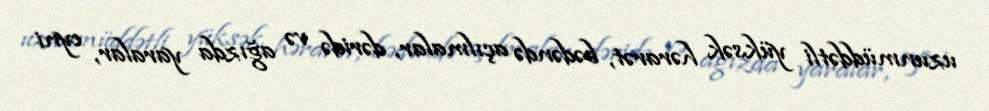
uzunmüddətli yüksək hərarət, bədəndə açılmalar, dəridə və ağızda yaralar, eyni